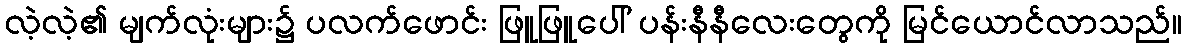
လဲ့လဲ့၏ မျက်လုံးများ၌ ပလက်ဖောင်း ဖြူဖြူပေါ် ပန်းနီနီလေးတွေကို မြင်ယောင်လာသည်။